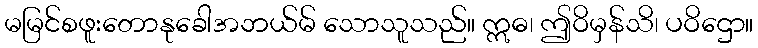
မမြင်စဖူးတောနုခေါအဘယ်မ် သောသူသည်။ ဣဓ၊ ဤဝိမှန်သိ၊ ပဝိဌော။